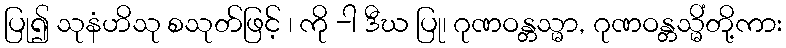
ပြု၍ သုနံဟိသု စသုတ်ဖြင့် ၊ ကို -ါ ဒီဃ ပြု၊ ဂုဏဝန္တသ္မာ, ဂုဏဝန္တသ္မိံတို့ကား